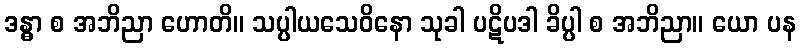
ဒန္ဓာ စ အဘိညာ ဟောတိ။ သပ္ပါယသေဝိနော သုခါ ပဋိပဒါ ခိပ္ပါ စ အဘိညာ။ ယော ပန